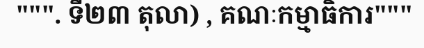
""". ទី២៣ តុលា) , គណៈកម្មាធិការ"""